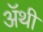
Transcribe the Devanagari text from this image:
अॅथी